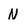
Character: N